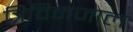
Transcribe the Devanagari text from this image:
त्रिविमजाल